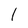
Character: I